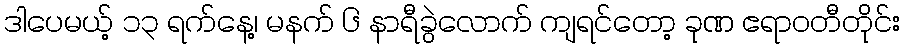
ဒါပေမယ့် ၁၃ ရက်နေ့၊ မနက် ၆ နာရီခွဲလောက် ကျရင်တော့ ခုဏ ဧရာဝတီတိုင်း